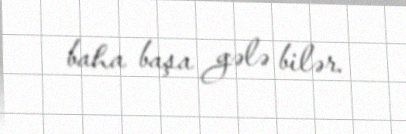
baha başa gələ bilər.